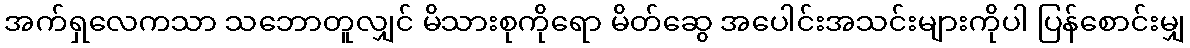
အက်ရှလေကသာ သဘောတူလျှင် မိသားစုကိုရော မိတ်ဆွေ အပေါင်းအသင်းများကိုပါ ပြန်စောင်းမျှ